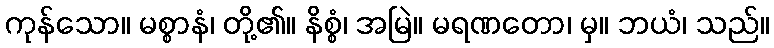
ကုန်သော။ မစ္စာနံ၊ တို့၏။ နိစ္စံ၊ အမြဲ။ မရဏတော၊ မှ။ ဘယံ၊ သည်။